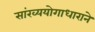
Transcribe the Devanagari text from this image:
सांख्ययोगाधाराने